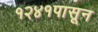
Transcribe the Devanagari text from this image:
१२४१पासून